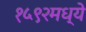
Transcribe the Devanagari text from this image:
१५९२मध्ये